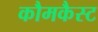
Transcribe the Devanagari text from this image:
कौमकैस्ट